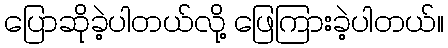
ပြောဆိုခဲ့ပါတယ်လို့ ဖြေကြားခဲ့ပါတယ်။